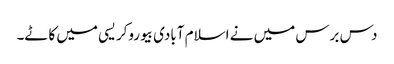
دس برس میں نے اسلام آبادی بیوروکریسی میں کاٹے۔